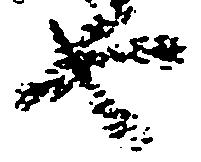
由